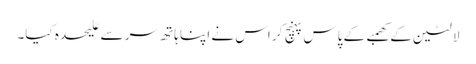
لالٹین کے کھمبے کے پاس پہنچ کر اس نے اپنا ہاتھ سر سے علیحدہ کیا۔